Leaving Certificate Examination, 1925
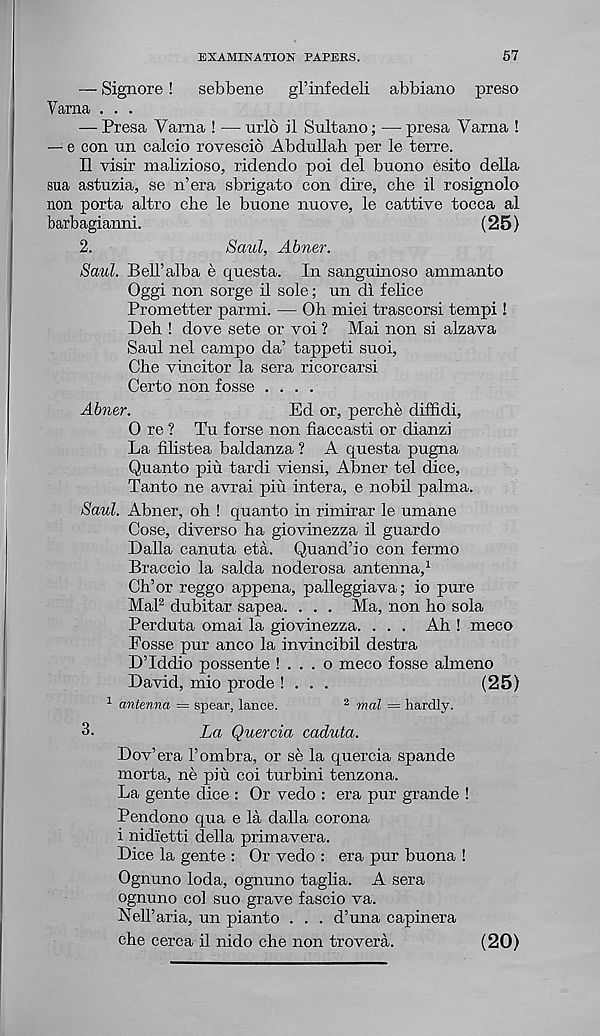
EXAMINATION PAPERS.
57
— Signore!
sebbene
gl’infedeli abbiano preso
Varna . . .
— Presa Varna ! -— urlo il Sultano; — presa Varna !
— e con un calcio rovescio Abdullah per le terre.
II visir malizioso, ridendo poi del buono esito della
sua astuzia, se n’era sbrigato con dire, che il rosignolo
non porta altro che le buone nuove, le cattive tocca al
barbagianni.
(25)
2.
Saul, Abner.
Saul. Bell’alba e questa. In sanguinoso ammanto
Oggi non sorge il sole; un dl felice
Prometter parmi. — Oh miei trascorsi tempi !
Deh ! dove sete or voi ? Mai non si alzava
Saul nel campo da’ tappeti suoi,
Che vincitor la sera ricorcarsi
Certo non fosse ....
Abner.
Ed or, perche diffidi,
0 re ? Tu forse non fiaccasti or dianzi
La fihstea baldanza ? A questa pugna
Quanto phi tardi viensi, Abner tel dice,
Tanto ne avrai piu intera, e nobil pahna.
Saul. Abner, oh ! quanto in rimirar le umane
Cose, diverse ha giovinezza il guardo
Dalla canuta eta. Quand’io con fermo
Braccio la salda noderosa antenna, 1
Ch’or reggo appena, palleggiava; io pure
Mai 2 dubitar sapea. . . . Ma, non ho sola
Perduta omai la giovinezza. . . . Ah ! meco
Posse pur anco la invincibil destra
D’Iddio possente ! . . . o meco fosse almeno
David, mio prode ! . . .
(25)
1 antenna = spear, lance.
2 mol = hardly.
3.
La Quercia caduta.
Dov’era 1’ombra, or se la quercia spande
morta, ne piu coi turbini tenzona.
La gente dice : Or vedo : era pur grande !
Pendono qua e la dalla corona
i nidietti della primavera.
Dice la gente : Or vedo : era pur buona !
Ognuno loda, ognuno taglia. A sera
ognuno col suo grave fascio va.
Nell’aria, un pianto . . . d’una capinera
che cerca il nido che non trovera.
(20)